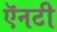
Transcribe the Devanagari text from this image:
ऍनटी